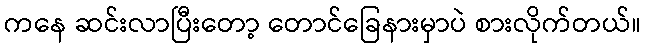
ကနေ ဆင်းလာပြီးတော့ တောင်ခြေနားမှာပဲ စားလိုက်တယ်။